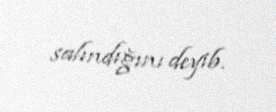
salındığını deyib.